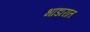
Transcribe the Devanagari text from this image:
भांडारात